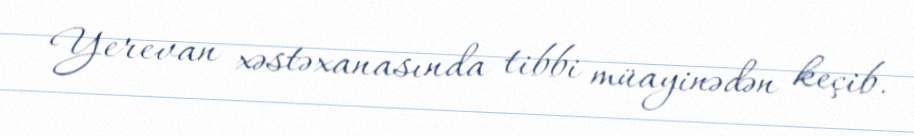
Yerevan xəstəxanasında tibbi müayinədən keçib.